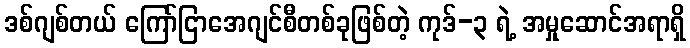
ဒစ်ဂျစ်တယ် ကြော်ငြာအေဂျင်စီတစ်ခုဖြစ်တဲ့ ကုဒ်-၃ ရဲ့ အမှုဆောင်အရာရှိ